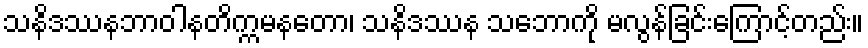
သနိဒဿနဘာဝါနတိက္ကမနတော၊ သနိဒဿန သဘောကို မလွန်ခြင်းကြောင့်တည်း။